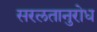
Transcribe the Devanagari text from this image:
सरलतानुरोध